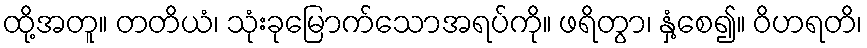
ထို့အတူ။ တတိယံ၊ သုံးခုမြောက်သောအရပ်ကို။ ဖရိတွာ၊ နှံ့စေ၍။ ဝိဟရတိ၊